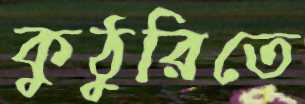
কুঠুরিতে